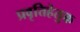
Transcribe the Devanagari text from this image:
प्रवृत्तिहेतुक